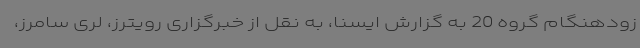
زودهنگام گروه 20 به گزارش ایسنا، به نقل از خبرگزاری رویترز، لری سامرز،